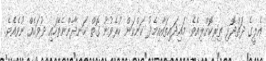
އެލީގެ ދަތްދޮޅި ތިރިކޮށްލިއެވެ. މައިދައިތައާއިމެދު ކަންކަން ކުރެވުނު ގޮތް ހަނދާންނެތޭހައި ދުވަހެއް ނުވެއެވެ.